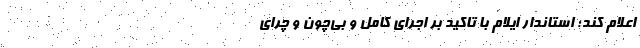
اعلام کند؛ استاندار ایلام با تاکید بر اجرای کامل و بی‌چون و چرای